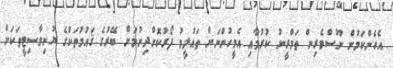
އެހެންކަމުން ނޫސްވެރިން ތަމްރީނު ކުރުމާއި އެމީހުންނަށް ތައުލީމު ފޯރުކޮށްދިނުމަށް ބޭރުގެ ޤައުމުތަކުގެ ޔުނިވާސިޓީތަކަށް